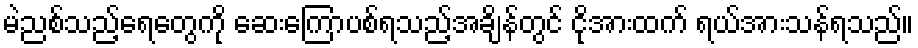
မဲညစ်သည့်ရေတွေကို ဆေးကြောပစ်ရသည့်အချိန်တွင် ငိုအားထက် ရယ်အားသန်ရသည်။